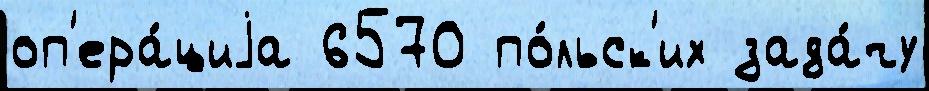
оп'ера́циjа 6570 по́льск'их зада́чу